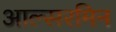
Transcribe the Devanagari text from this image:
आल्सरमिन